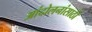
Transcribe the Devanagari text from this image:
आंदोलनांसाठी